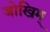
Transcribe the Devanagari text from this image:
जोखिम्